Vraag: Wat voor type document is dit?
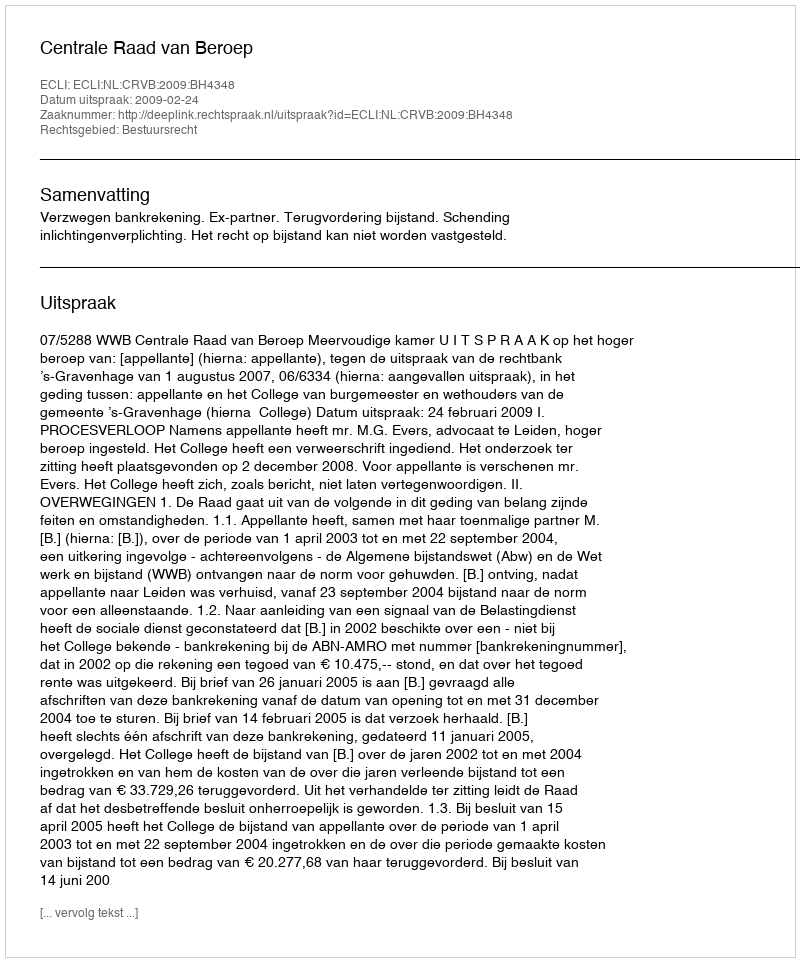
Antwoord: Uitspraak